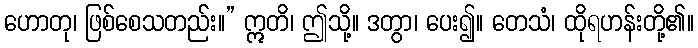
ဟောတု၊ ဖြစ်စေသတည်း။” ဣတိ၊ ဤသို့။ ဒတွာ၊ ပေး၍။ တေသံ၊ ထိုရဟန်းတို့၏။